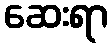
ဆေးရာ